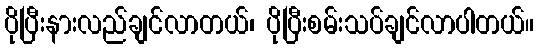
ပိုပြီးနားလည်ချင်လာတယ်၊ ပိုပြီးစမ်းသပ်ချင်လာပါတယ်။